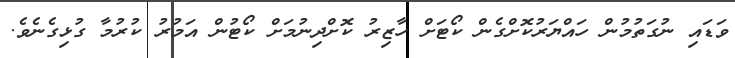
ވަޑައި ނުގަތުމުން ހައްޔަރުކޮށްގެން ކޯޓަށް ހާޒިރު ކޮށްދިނުމަށް ކޯޓުން އަމުރު ކުރުމާ ގުޅިގެނެވެ.